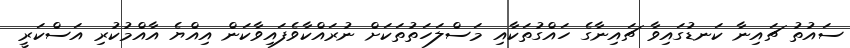
ސައުތު ޗައިނާ ކަނޑުގައިވާ ޗައިނާގެ ހައްގުތަކާއި މަސްލަހަތުތަކަށް ނުރައްކާވެފައިވާކަން އިއްޔެ އާއްމުކުރި އަސްކަރީ